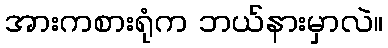
အားကစားရုံက ဘယ်နားမှာလဲ။